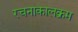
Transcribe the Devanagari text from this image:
रचनाकालक्रम